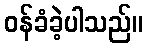
ဝန်ခံခဲ့ပါသည်။